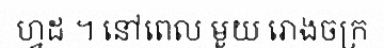
ហ្វដ ។ នៅពេល មួយ រោងចក្រ